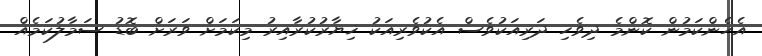
އެހެންކަމުން ކޮންމެ ދިވެހި ދަރިއަކުވެސް އެކުވެރިއަކު ޚިޔާރުކުރާއިރު މިކަމަށް ވަރަށް ބޮޑު ސަމާލުކަމެއް